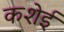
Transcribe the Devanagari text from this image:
कशेई